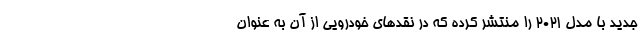
جدید با مدل 2021 را منتشر کرده که در نقدهای خودرویی از آن به عنوان